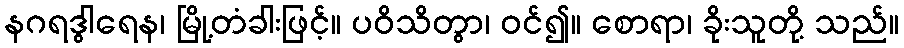
နဂရဒွါရေန၊ မြို့တံခါးဖြင့်။ ပဝိသိတွာ၊ ဝင်၍။ စောရာ၊ ခိုးသူတို့ သည်။